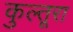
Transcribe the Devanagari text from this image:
कुल्तूरा